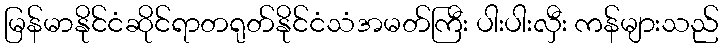
မြန်မာနိုင်ငံဆိုင်ရာတရုတ်နိုင်ငံသံအမတ်ကြီး ပါးပါးလှီး ကန်များသည်